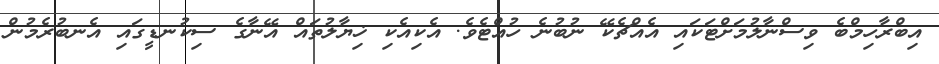
އިބްރާހިމްބެ ވިސްނާލުމަށްޓަކައި އެއްޗެކޭ ނުބުނެ ހުއްޓެވެ. އެކިއެކި ޚިޔާލުތައް އޭނާގެ ސިކުނޑީގައި އެނބުރެމުން